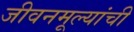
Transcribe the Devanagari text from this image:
जीवनमूल्यांची